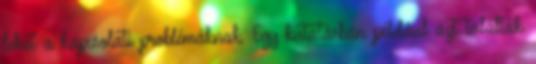
lehet a kapcsolati problémáknak. Egy kutatásban például azt találták